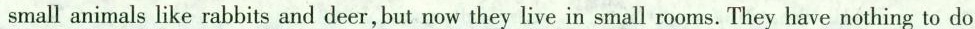
smallanimals like rabbits and deer, but now they live in small rooms. They have nothing to do